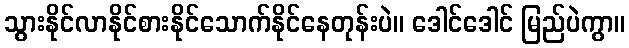
သွားနိုင်လာနိုင်စားနိုင်သောက်နိုင်နေတုန်းပဲ။ ဒေါင်ဒေါင် မြည်ပဲကွာ။